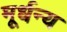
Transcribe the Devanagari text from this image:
मूर्धन्‍य